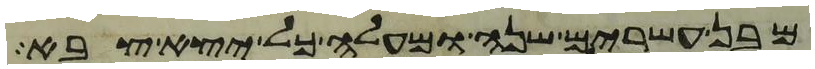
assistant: מבן עשרים שנה ומעלה כל יצא צבא